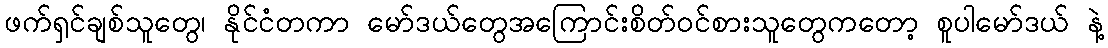
ဖက်ရှင်ချစ်သူတွေ၊ နိုင်ငံတကာ မော်ဒယ်တွေအကြောင်းစိတ်ဝင်စားသူတွေကတော့ စူပါမော်ဒယ် နဲ့